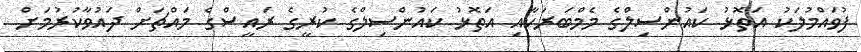
ފުވައްމުލަކު އަތޮޅު ކައުންސިލްގެ މެމްބަރަކާއި އަތޮޅު ކައުންސިލްގެ ކުރީގެ ރައީސްގެ މައްޗަށް ދައުވާކުރުމަށް